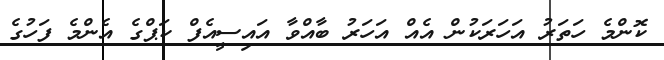
ކޮންމެ ހަތަރު އަހަރަކުން އެއް އަހަރު ބާއްވާ އައިސީއެފް ކަޕްގެ އެންމެ ފަހުގެ